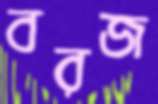
বরজ